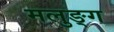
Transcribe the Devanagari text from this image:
मलुङ्ग